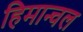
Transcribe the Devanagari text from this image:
हिमान्चल